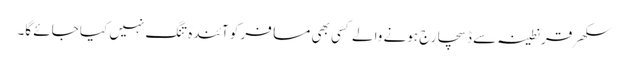
سکھر قرنطینہ سے ڈسچارج ہونے والے کسی بھی مسافر کو آئندہ تنگ نہیں کیا جائے گا۔